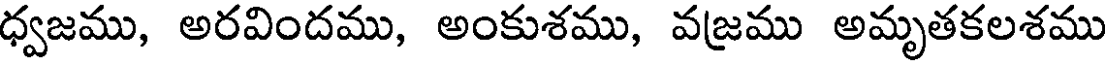
ధ్వజము, అరవిందము, అంకుశము, వజము అమృతకలశము